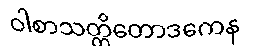
ဝါစာသတ္တိတောဒကေန